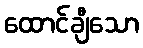
ထောင်ချီသော